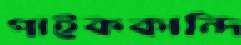
পাইককান্দি